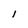
Character: I